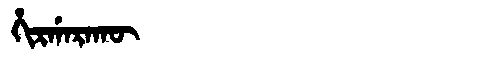
Manchu: ᡥᡳᡵᡤᠠᡵᠠᡴᡡ
Romanization: HIRGARAKŪ